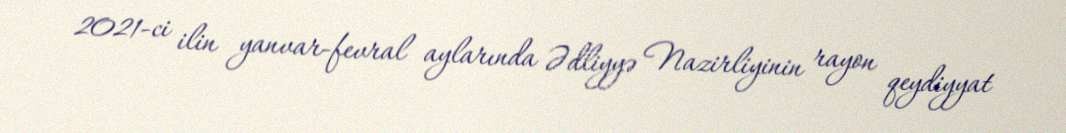
2021-ci ilin yanvar-fevral aylarında Ədliyyə Nazirliyinin rayon qeydiyyat